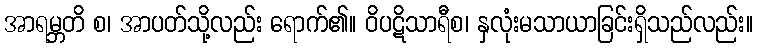
အာရမ္ဘတိ စ၊ အာပတ်သို့လည်း ရောက်၏။ ဝိပဋိသာရီစ၊ နှလုံးမသာယာခြင်းရှိသည်လည်း။